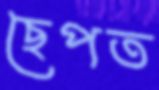
ছেপত